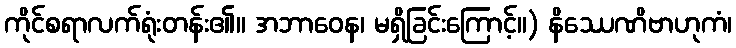
ကိုင်စရာလက်ရုံးတန်း၏။ အဘာဝေန၊ မရှိခြင်းကြောင့်။) နိဿေဏိဗာဟုကံ၊